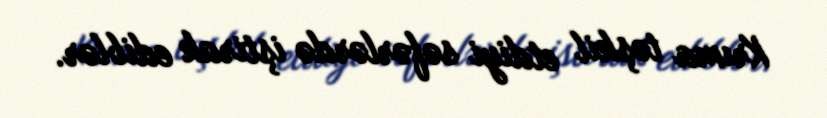
Krıma təşkil etdiyi səfərlərdə iştirak ediblər.